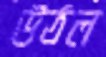
উঠল